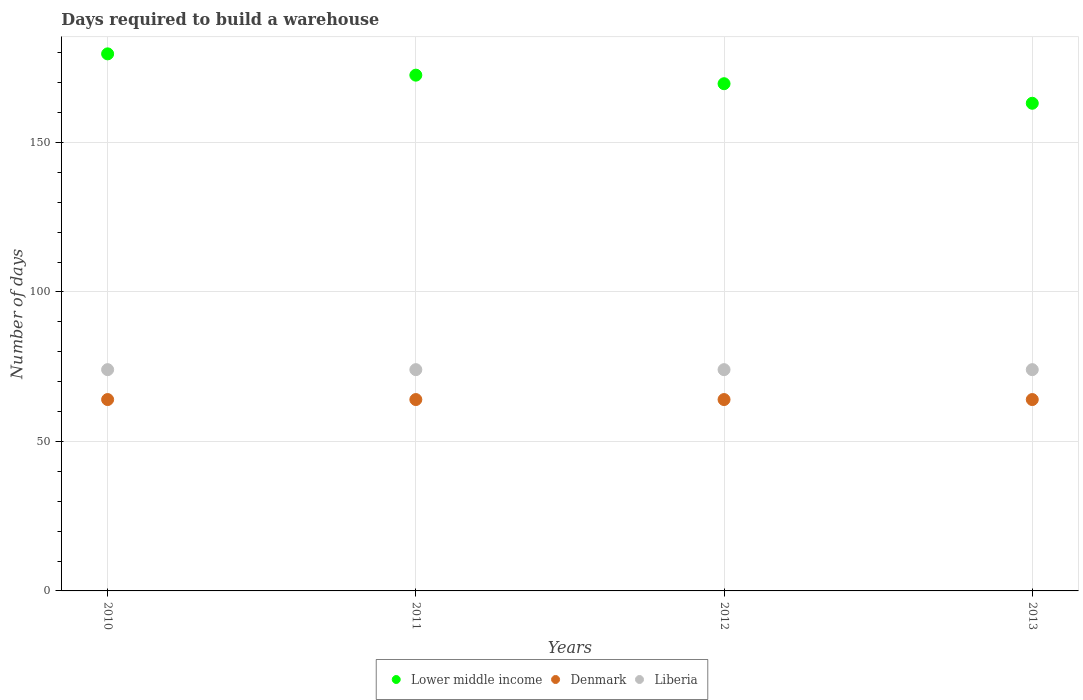
| Years | Lower middle income | Denmark | Liberia |
 | --- | --- | --- | --- |
 | 2010 | 180 | 64 | 74 |
 | 2011 | 172 | 64 | 74 |
 | 2012 | 170 | 64 | 74 |
 | 2013 | 163 | 64 | 74 |